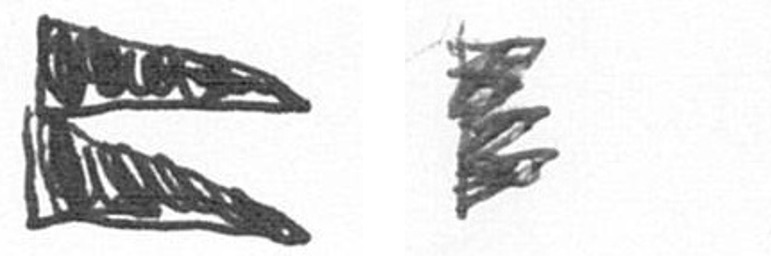
P H